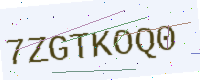
Text: 7ZGTKOQ0